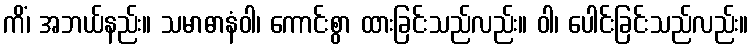
ကိံ၊ အဘယ်နည်း။ သမာဓာနံဝါ၊ ကောင်းစွာ ထားခြင်းသည်လည်း။ ဝါ၊ ပေါင်းခြင်းသည်လည်း။